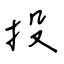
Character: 投